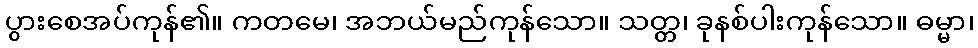
ပွားစေအပ်ကုန်၏။ ကတမေ၊ အဘယ်မည်ကုန်သော။ သတ္တ၊ ခုနစ်ပါးကုန်သော။ ဓမ္မာ၊